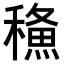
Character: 𥢦